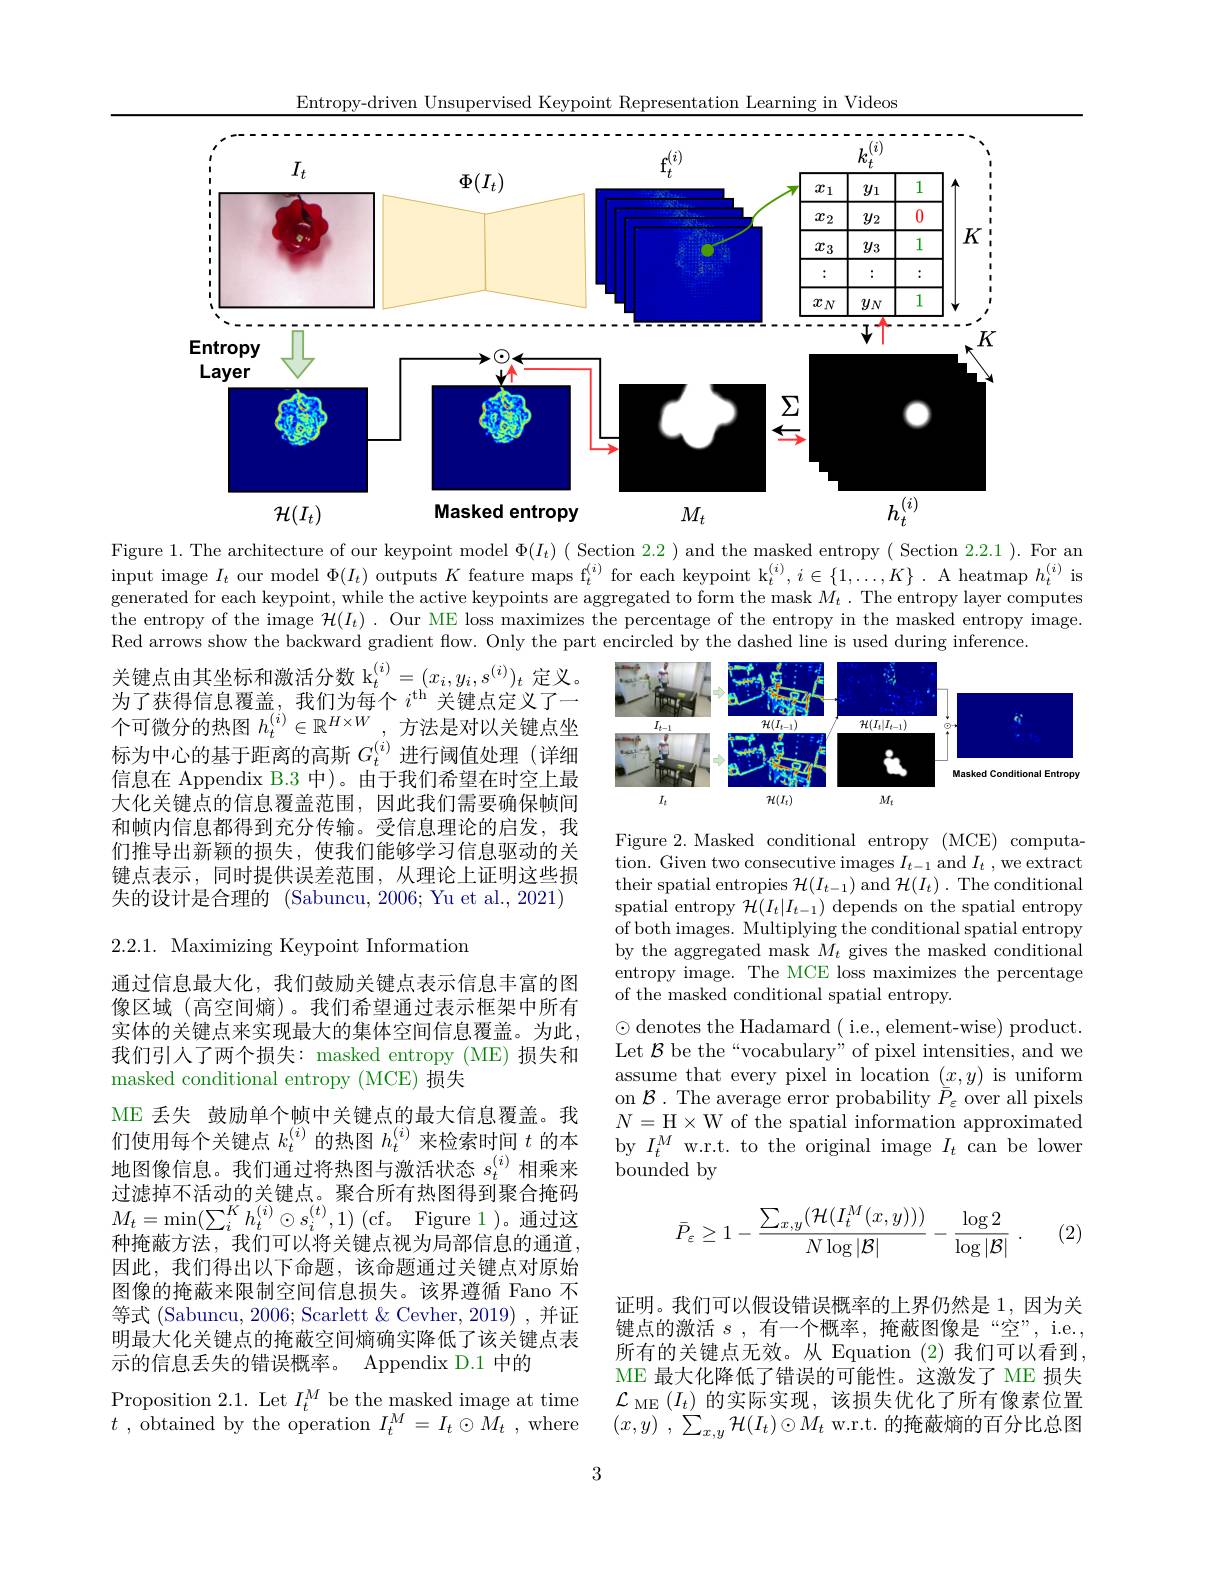
Entropy-driven Unsupervised Keypoint Representation Learning in Videos
<FigureHere>
entropy
$h_{t}^{(}$
$M_t$
$$\mathcal{H}(I_{t})$$
Figure 1. The architecture of our keypoint model $\Phi ( I_t) ($Section2. 2) and the masked entropy( Section 2. 2. 1) . For an input image $I_t$ our model $\Phi(I_t)$ outputs $K$ feature maps f$_t^(i)$ for each keypoint k$_t^{(i)},i\in\{1,\ldots,K\}.$ A heatmap $h_t^{(i)}$ is generated for each keypoint, while the active keypoints are aggregated to form the mask $M_t$ .The entropy layer computes the entropy of the image $\mathcal{H}(I_t).$ Our ME loss maximizes the percentage of the entropy in the masked entropy image. Red arrows show the backward gradient flow. Only the part encircled by the dashed line is used during inference.

<FigureHere>

关键点由其坐标和激活分数 k$_t^{(i)}=(x_i,y_i,s^{(i)})_t$定义。为了获得信息覆盖，我们为每个$i^\mathrm{th}$关键点定义了一个可微分的热图$h_t^{(i)}\in\mathbb{R}^{H\times W}$,方法是对以关键点坐标为中心的基于距离的高斯$G_t^{(i)}$进行阈值处理(详细信息在 Appendix B.3 中)。由于我们希望在时空上最大化关键点的信息覆盖范围，因此我们需要确保帧间和帧内信息都得到充分传输。受信息理论的启发，我们推导出新颖的损失，使我们能够学习信息驱动的关键点表示，同时提供误差范围，从理论上证明这些损失的设计是合理的 (Sabuncu, 2006; Yu et al., 2021)

Figure 2. Masked conditional entropy (MCE) computation. Given two consecutive images $I_t-1$ and $I_t$ , we extract their spatial entropies $\mathcal{H}(I_t-1)$ and $\mathcal{H}(I_t).$ The conditional spatial entropy $\mathcal{H}(I_t|I_{t-1})$ depends on the spatial entropy of both images. Multiplying the conditional spatial entropy by the aggregated mask $M_t$ gives the masked conditional entropy image. The MCE loss maximizes the percentage of the masked conditional spatial entropy.
$\odot$denotes the Hadamard( i.e., element-wise) product. Let $\mathcal{B}$ be the“vocabulary” of pixel intensities, and we assume that every pixel in location $(x,y)$ is uniform on $\mathcal{B}.$ The average error probability $\bar{\bar{P}}_\varepsilon$ over all pixels $N=$H$\times$W of the spatial information approximated by $I_t^M$ w.r.t. to the original image $I_t$ can be lower bounded by

2.2.1. Maximizing Keypoint Information
通过信息最大化，我们鼓励关键点表示信息丰富的图像区域 (高空间熵)。我们希望通过表示框架中所有实体的关键点来实现最大的集体空间信息覆盖。为此， 我们引人了两个损失：masked entropy (ME)损失和masked conditional entropy (MCE) 损失
ME 丢失 鼓励单个帧中关键点的最大信息覆盖。我们使用每个关键点$k_t^{(i)}$的热图$h_t^{(i)}$来检索时间$t$的本地图像信息。我们通过将热图与激活状态$s_{t}^{(i)}$相乘来过滤掉不活动的关键点。聚合所有热图得到聚合掩码$M_{t}= \operatorname* { min} ( \sum _{i}^{K}h_{t}^{( i) }\odot s_{i}^{( t) }, 1)$ ( cf。Figure 1 ) 。通 过 这 种掩蔽方法，我们可以将关键点视为局部信息的通道， 因此，我们得出以下命题，该命题通过关键点对原始图像的掩蔽来限制空间信息损失。该界遵循 Fano 不等式 (Sabuncu, 2006; Scarlett & Cevher, 2019) , 并证明最大化关键点的掩蔽空间熵确实降低了该关键点表示的信息丢失的错误概率。Appendix D.1 中的
Proposition 2.1. Let $I_t^M$ be the masked image at time $t$ , ${\overset {. }{\operatorname* { \operatorname* { \operatorname* { obtained} } } }\text{by the operation}}$ $I_{t}^{M}$ = $I_{t}\odot {\overset {. }{\operatorname* { \operatorname* { M} } }}_{t}$ ,where
$$\bar{P}_{\varepsilon}\ge1-\frac{\sum_{x,y}(\mathcal{H}(I_t^M(x,y)))}{N\log|\mathcal{B}|}-\frac{\log2}{\log|\mathcal{B}|}\:.$$
(2)

证明。我们可以假设错误概率的上界仍然是 1,因为关键点的激活$s$,有一个概率，掩蔽图像是“空”,i.e., 所有的关键点无效。从 Equation (2)我们可以看到， ME 最大化降低了错误的可能性。这激发了 ME 损失$\mathcal{L}_{\mathrm{~ME}}\left(I_{t}\right)$的实际实现，该损失优化了所有像素位置$( x, y)$ , $\sum _{x, y}\mathcal{H} ( I_t) \odot M_t$ w.r.t. 的掩蔽熵的百分比总图

3